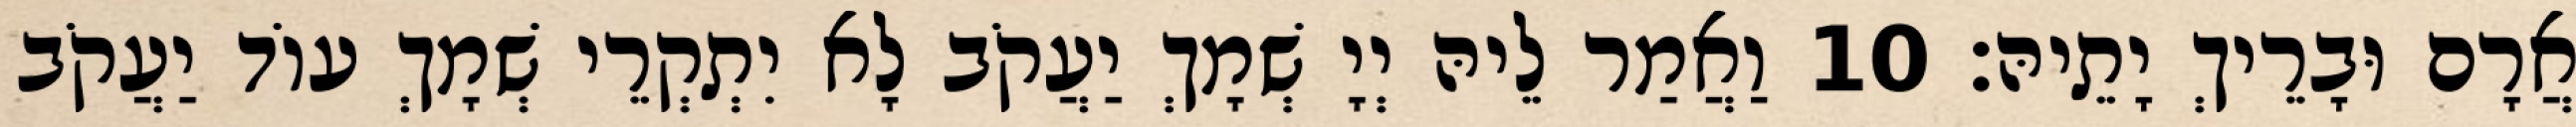
אֲרָם וּבָרֵיךְ יָתֵיהּ׃ 10 וַאֲמַר לֵיהּ יְיָ שְׁמָךְ יַעֲקֹב לָא יִתְקְרֵי שְׁמָךְ עוֹד יַעֲקֹב